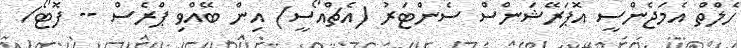
ހެލްތް އެމަޖެންސީ އޮޕަރޭޝަންސް ސެންޓަރު (އެޗްއޯސީ) އިން ބޭއްވި ޕްރެސް -- ފޮޓޯ/